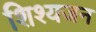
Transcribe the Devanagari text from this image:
शिश्यजन